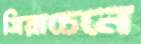
সিয়াচেনে